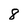
Character: 8